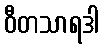
ဝီတသာရဒါ